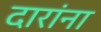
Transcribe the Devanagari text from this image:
दारांना